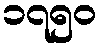
၁၇၅၀